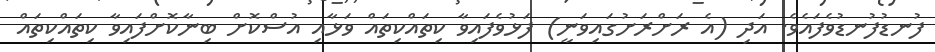
ފުނޑުފުނޑުވެފައެވެ. އަދި (އެ ރަށްރަށުގައިވަނީ) ފަޅުވެފައިވާ ކިތައްކިތައް ވަޅާއި އުސްކޮށް ބިނާކޮށްފައިވާ ކިތައްކިތައް